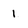
Character: 1